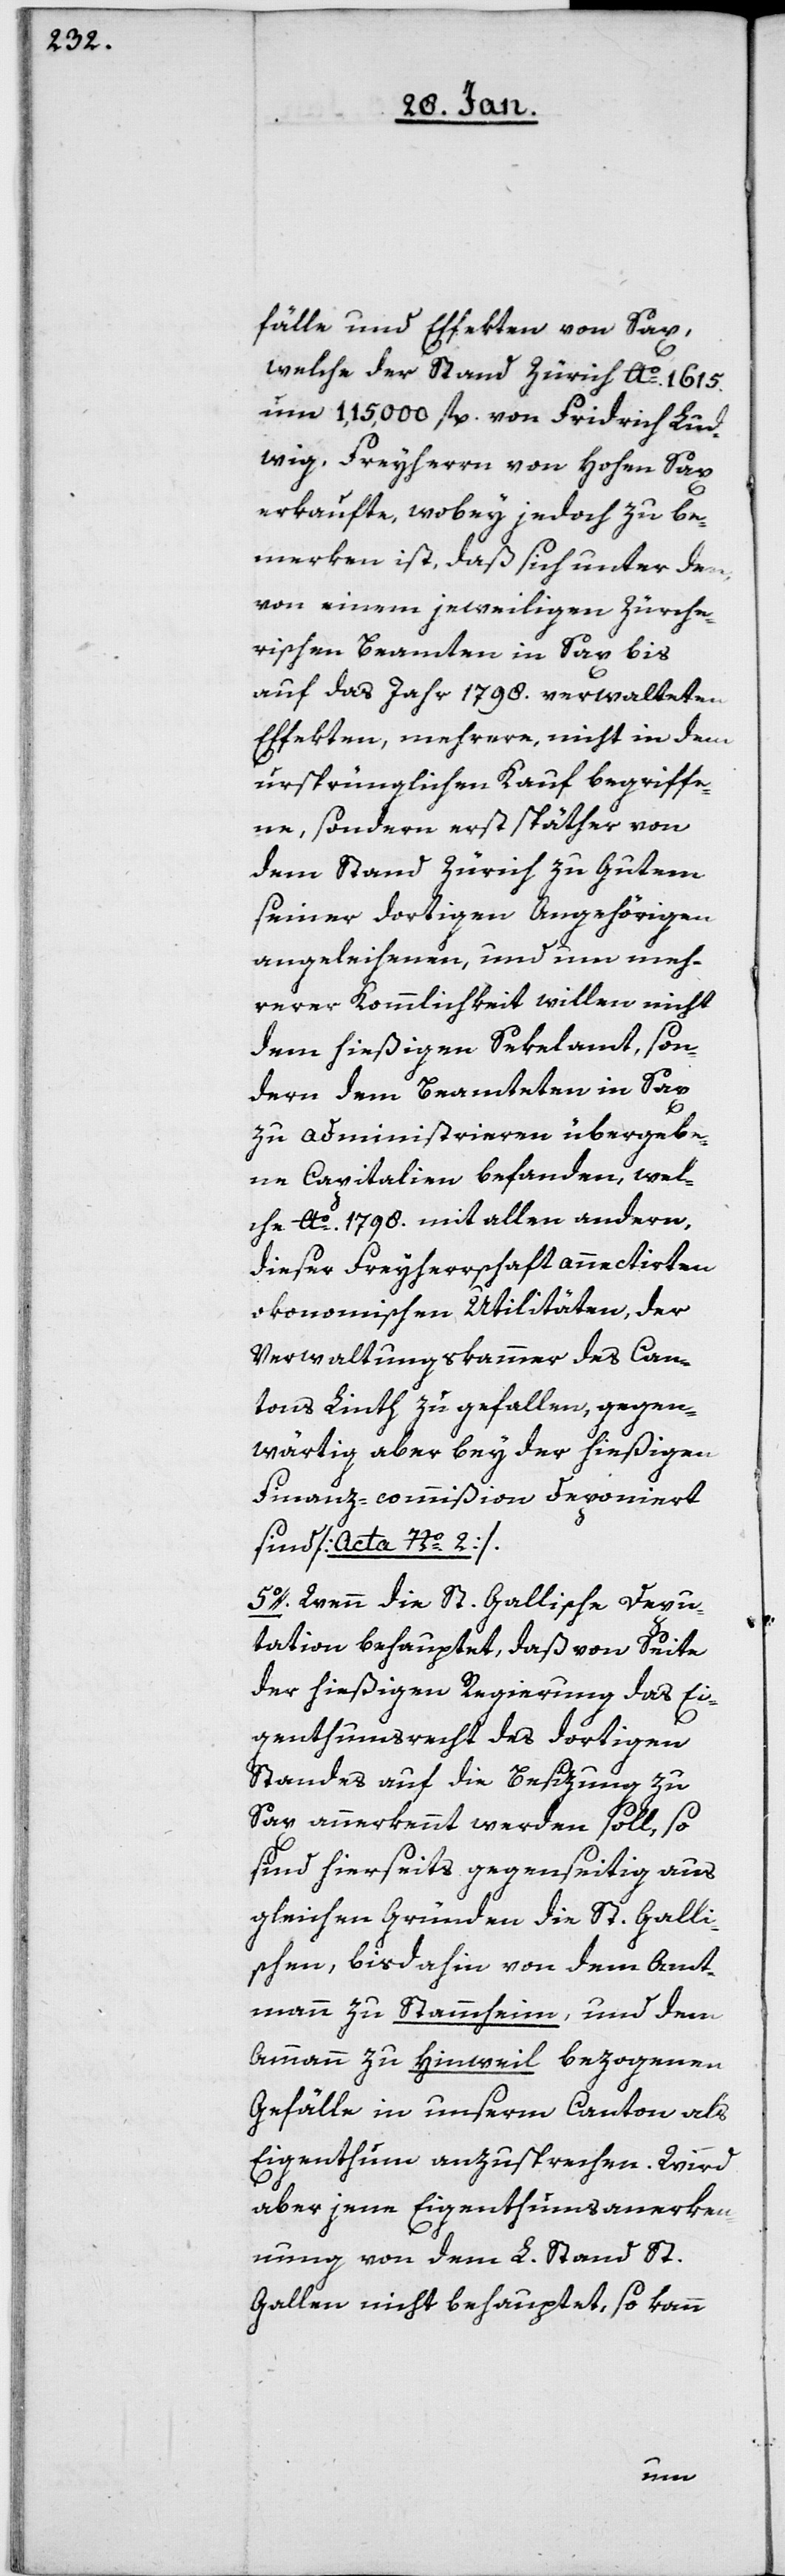
fälle und Effekten von Sax,
welche der Stand Zürich Ao. 1615.
um 115,000 fl. von Friedrich Lud¬
wig, Freyherrn von Hohen Sax
erkaufte, wobey jedoch zu be¬
merken ist, daß sich unter den,
von einem jeweiligen Zürche¬
rischen Beamten in Sax bis
auf das Jahr 1798. verwalteten
Effekten, mehrere, nicht in dem
ursprünglichen Kauf begriffe¬
ne, sondern erst späther von
dem Stand Zürich zu Gutem
seiner dortigen Angehörigen
angeleihenen, und um meh¬
rerer Kommlichkeit willen nicht
dem hießigen Sekelamt, son¬
dern dem Beamteten in Sax
zu administrieren übergebe¬
ne Capitalien befanden, wel¬
che Ao. 1798. mit allen andern,
dieser Freyherrschaft annectierten
okonomischen Utilitäten, der
Verwaltungskammer des Can¬
tons Linth zu gefallen, gegen¬
wärtig aber bey der hießigen
Finanz-commißion deponiert
sind [Acta Nº. 2].
5o. Wenn die St. Gallische Depu¬
tation behauptet, daß von Seite
der hießigen Regierung das Ei¬
genthumsrecht des dortigen
Standes auf die Besizung zu
Sax anerkannt werden soll, so
sind hierseits gegenseitig aus
gleichen Gründen die St. Galli¬
schen, bisdahin von dem Amt¬
mann zu Stammheim, und dem
Ammann zu Hinweil bezogenen
Gefälle in unserm Canton als
Eigenthum anzusprechen. Wird
aber jene Eigenthumsanerken¬
nung von dem L. Stand St.
Gallen nicht behauptet, so kann